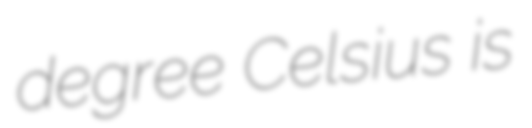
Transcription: degree Celsius is